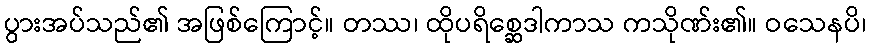
ပွားအပ်သည်၏ အဖြစ်ကြောင့်။ တဿ၊ ထိုပရိစ္ဆေဒါကာသ ကသိုဏ်း၏။ ဝသေနပိ၊